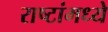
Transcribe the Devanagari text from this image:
राष्टांमध्ये